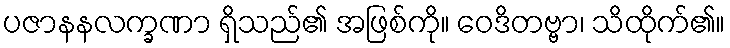
ပဇာနနလက္ခဏာ ရှိသည်၏ အဖြစ်ကို။ ဝေဒိတဗ္ဗာ၊ သိထိုက်၏။